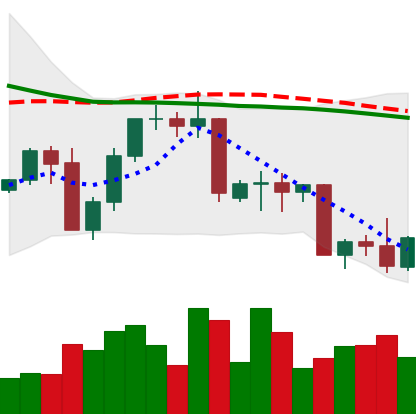
Ticker: NEO-USD
Chart end date: 2022-09-22
Forward return: 5.477%
Label: up_5_7